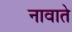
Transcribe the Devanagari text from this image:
नावाते